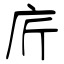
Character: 庍